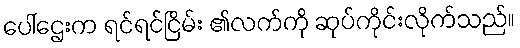
ပေါ်ဌေးက ရင်ရင်ငြိမ်း ၏လက်ကို ဆုပ်ကိုင်းလိုက်သည်။